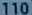
110